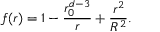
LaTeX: f ( r ) = 1 - \frac { r _ { 0 } ^ { d - 3 } } { r } + \frac { r ^ { 2 } } { R ^ { 2 } } .